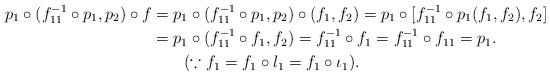
LaTeX: \begin{align*}p_{1}\circ (f^{-1}_{11}\circ p_{1},p_{2})\circ f &=p_{1}\circ (f^{-1}_{11}\circ p_{1},p_{2})\circ (f_{1},f_{2})=p_{1}\circ [f^{-1}_{11}\circ p_{1}(f_{1},f_{2}),f_{2}]\\&=p_{1}\circ (f^{-1}_{11}\circ f_{1},f_{2})=f^{-1}_{11}\circ f_{1}=f^{-1}_{11}\circ f_{11}=p_{1}.\\&~~~~~~(\because f_{1}=f_{1}\circ l_{1}=f_{1}\circ \iota_{1}).\end{align*}